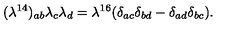
{ ( \lambda ^ { 1 4 } ) _ { a b } \lambda _ { c } \lambda _ { d } = \lambda ^ { 1 6 } ( \delta _ { a c } \delta _ { b d } - \delta _ { a d } \delta _ { b c } ) . }